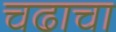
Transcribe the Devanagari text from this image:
चढाचा